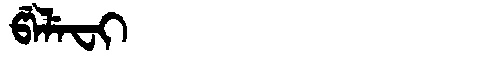
Manchu: ᡦᡝᠯᡝᠸᡳ
Romanization: PELEFI